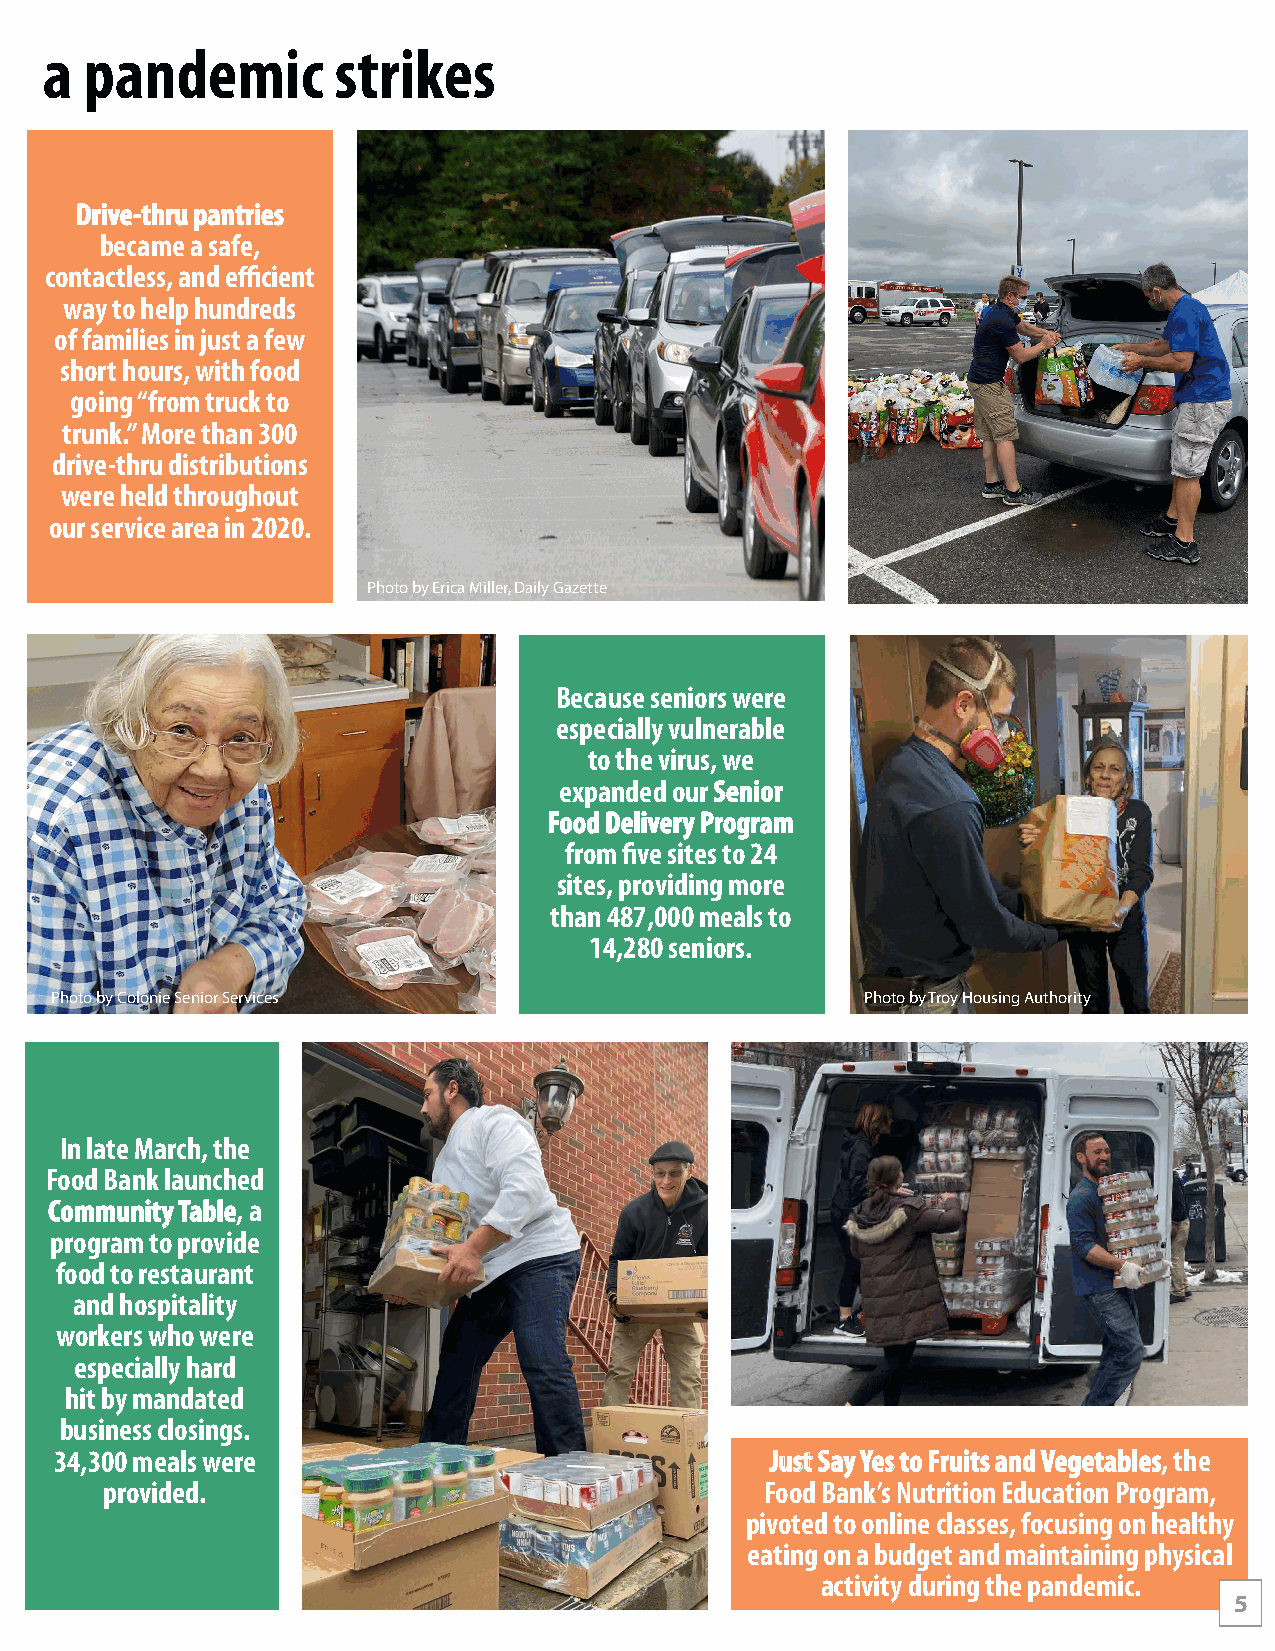
a  pandemic        strikes
 DDrriivvee--tthhrruu ppaannttrriieess
 became a safe,
 contactless, and efficient
 way to help hundreds
 of families in just a few
 short hours, with food
 going “from truck to
 trunk.” More than 300
 drive-thru distributions
 were held throughout
 our service area in 2020.
 Photo by Erica Miller, Daily Gazette
 Because seniors were
 especially vulnerable
 to the virus, we
 expanded our SSeenniioorr
 FFoooodd DDeelliivveerryy PPrrooggrraamm
 from five sites to 24
 sites, providing more
 than 487,000 meals to
 14,280 seniors.
 Photo by Colonie Senior Services                      Photo by Troy Housing Authority
 In late March, the
 Food Bank launched
 CCoommmmuunniittyy TTaabbllee, a
 program to provide
 food to restaurant
 and hospitality
 workers who were
 especially hard
 hit by mandated
 business closings.
 34,300 meals were                              JJuusstt SSaayy YYeess ttoo FFrruuiittss aanndd VVeeggeettaabblleess, the
 provided.                                   Food Bank’s Nutrition Education Program,
 pivoted to online classes, focusing on healthy
 eating on a budget and maintaining physical
 activity during the pandemic.
 5